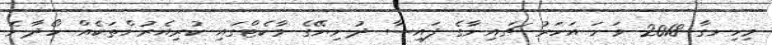
މިހިނގާ 2018 ވަނަ އަހަރު ޗައިނާގެ ފައިސާ ދުނިޔޭގެ މާކެޓްގައި ކުރިއެރުންތަކެއް ހޯދާނެ